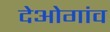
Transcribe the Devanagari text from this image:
देओगांव